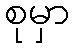
စုမှာ